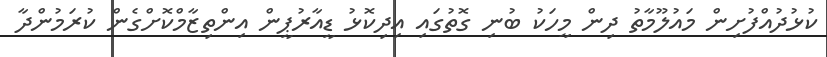
ކުޅުދުއްފުށިން މައުލޫމާތު ދިން މީހަކު ބުނި ގޮތުގައި އިދިކޮޅު ޑީއާރުޕީން އިންތިޒާމްކޮށްގެން ކުރަމުންދާ